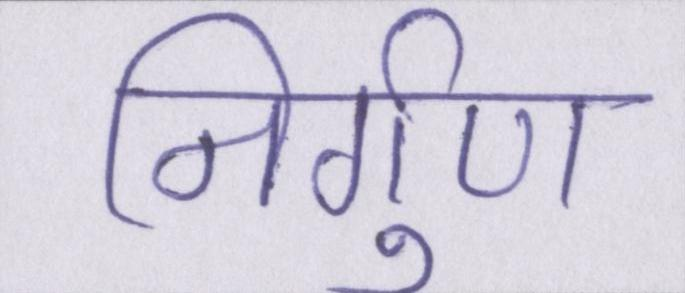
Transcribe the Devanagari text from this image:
निर्गुण